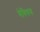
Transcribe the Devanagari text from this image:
गेवियस